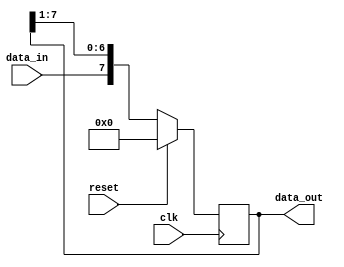
module shift_register (
    input clk,          // clock input
    input reset,        // reset signal
    input data_in,      // single data input
    output reg [7:0] data_out // parallel data output
);

reg [7:0] reg_data; // shift register data

always @(posedge clk) begin
    if (reset) begin
        reg_data <= 8'b0;
    end else begin
        reg_data <= {data_in, reg_data[7:1]};
    end
end

assign data_out = reg_data;

endmodule